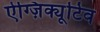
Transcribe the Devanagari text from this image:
ऐग्ज़िक्यूटिव